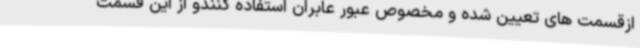
ازقسمت های تعیین شده و مخصوص عبور عابران استفاده کنندو از این قسمت